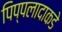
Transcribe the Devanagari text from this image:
पिप्पलादाकडे